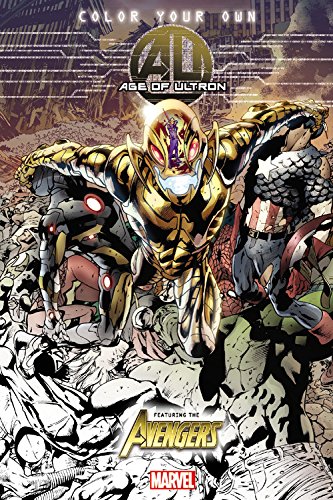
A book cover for Color Your Own Age of Ultron; Marvel Comics; Comics & Graphic Novels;